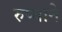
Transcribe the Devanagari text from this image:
रुप्याने